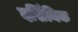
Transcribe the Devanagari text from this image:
दर्शिनिक